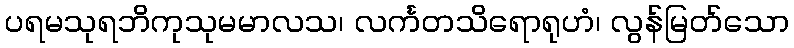
ပရမသုရဘိကုသုမမာလသ၊ လင်္ကတသိရောရုဟံ၊ လွန်မြတ်သော